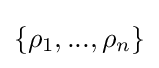
\{\rho _{1},...,\rho _{n}\}